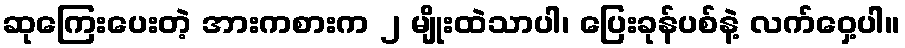
ဆုကြေးပေးတဲ့ အားကစားက ၂ မျိုးထဲသာပါ၊ ပြေးခုန်ပစ်နဲ့ လက်ဝှေ့ပါ။